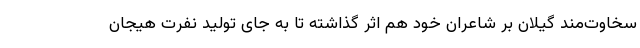
سخاوت‌مند گیلان بر شاعران خود هم اثر گذاشته تا به جای تولید نفرت هیجان